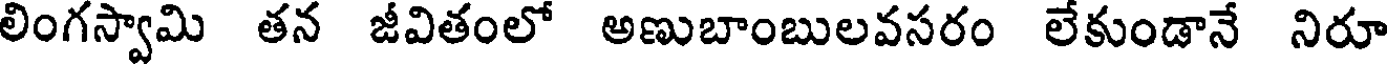
లింగస్వామి తన జీవితంలో అణుబాంబులవసరం లేకుండానే నిరూ